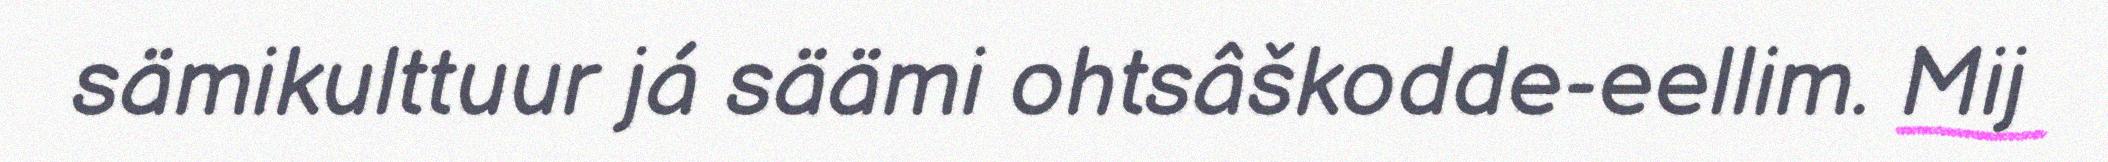
sämikulttuur já säämi ohtsâškodde-eellim. Mij